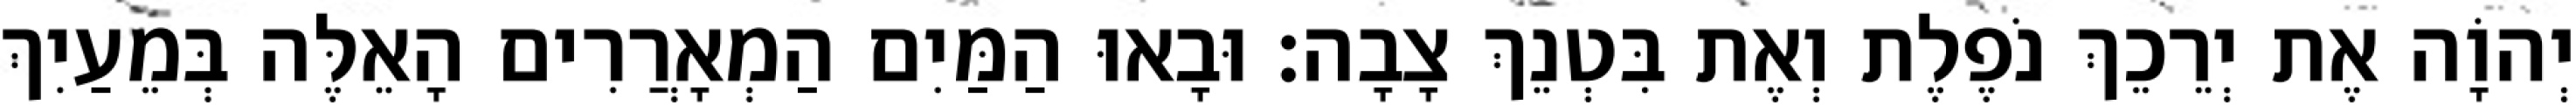
יְהוָֹה אֶת יְרֵכֵךְ נֹפֶלֶת וְאֶת בִּטְנֵךְ צָבָה׃ וּבָאוּ הַמַּיִם הַמְאָרֲרִים הָאֵלֶּה בְּמֵעַיִךְ